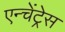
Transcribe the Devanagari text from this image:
एन्चेंट्रेस